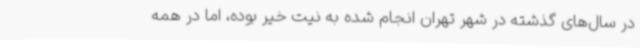
در سال‌های گذشته در شهر تهران انجام شده به نیت خیر بوده، اما در همه